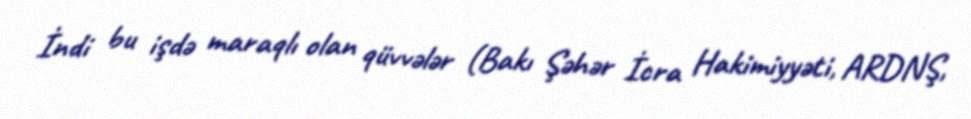
İndi bu işdə maraqlı olan qüvvələr (Bakı Şəhər İcra Hakimiyyəti, ARDNŞ,